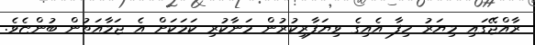
ރާއްޖޭގައި މިޔަރު ހިފާ އެއިގެ ވިޔަފާރިކުރުން މަނާކުރި ކަމަކަށް އެ ޖަމާއަތުން ބުންޏެވެ.